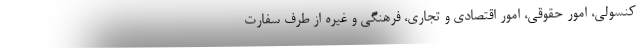
کنسولی، امور حقوقی، امور اقتصادی و تجاری، فرهنگی و غیره از طرف سفارت